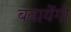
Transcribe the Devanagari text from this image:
बनायेंगी